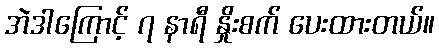
အဲဒါကြောင့် ၇ နာရီ နှိုးစက် ပေးထားတယ်။